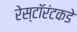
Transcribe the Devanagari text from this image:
रेस्टॉरंटकडे